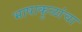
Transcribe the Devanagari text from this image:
भाषाकुळांचा